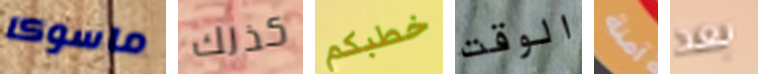
ماسوكا كذلك خطبكم الوقت آمنة بعد